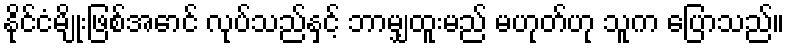
နိုင်ငံမျိုးဖြစ်အောင် လုပ်သည်နှင့် ဘာမျှထူးမည် မဟုတ်ဟု သူက ပြောသည်။